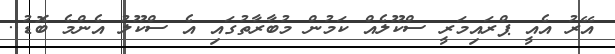
އޭރު އެއީ ޕްރައިމަރީ ސްކޫލެއް ކަމުން މުބާރާތުގައި އެ ސްކޫލު އެންމެ ބޮޑު..